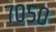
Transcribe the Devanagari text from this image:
७०५०